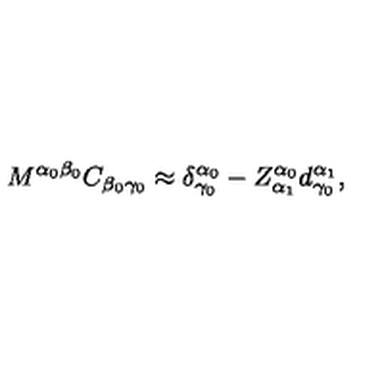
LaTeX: M ^ { \alpha _ { 0 } \beta _ { 0 } } C _ { \beta _ { 0 } \gamma _ { 0 } } \approx \delta _ { \gamma _ { 0 } } ^ { \alpha _ { 0 } } - Z _ { \alpha _ { 1 } } ^ { \alpha _ { 0 } } d _ { \gamma _ { 0 } } ^ { \alpha _ { 1 } } ,